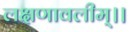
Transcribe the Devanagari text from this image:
लक्षणावलीम्।।